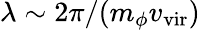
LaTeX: \lambda\sim 2\pi/(m_{\phi}v_{\mathrm{vir}})